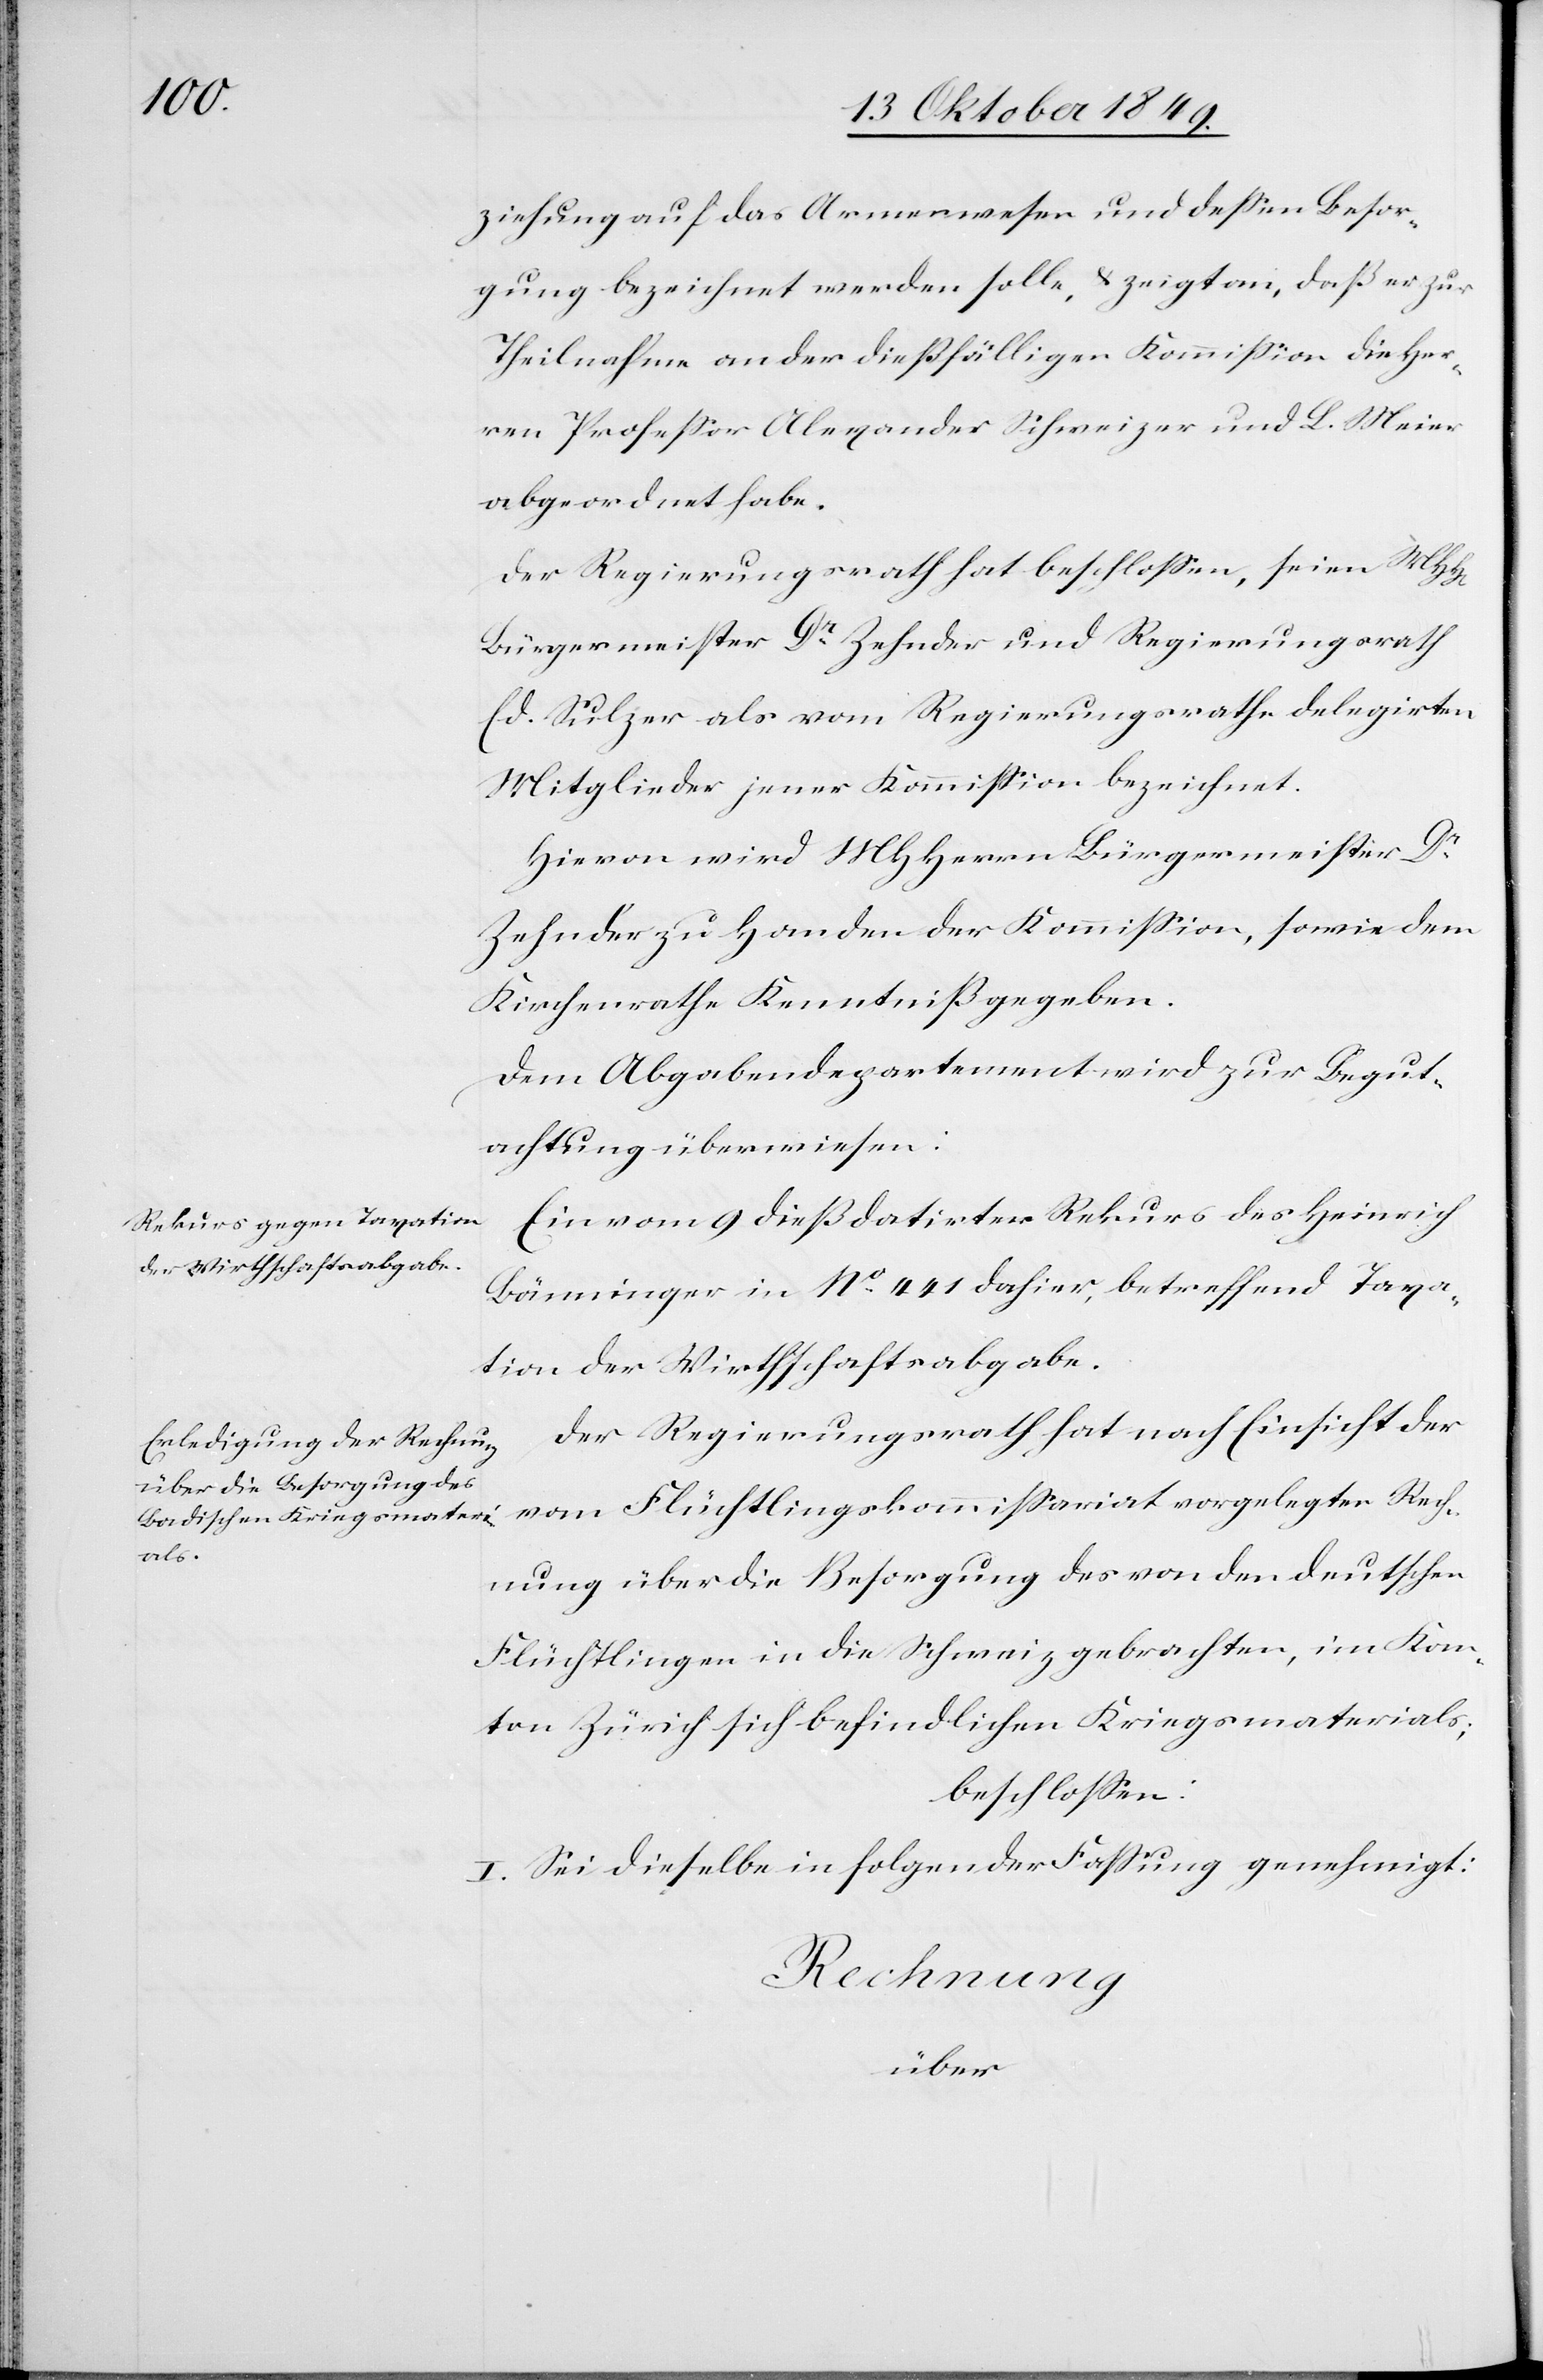
ziehung auf das Armenwesen und deßen Besor¬
gung bezeichnet werden solle, u. zeigt an, daß er zur
Theilnahme an der dießfälligen Kommißion die Her¬
ren Profeßor Alexander Schweizer und L. Meier
abgeordnet habe.
Der Regierungsrath hat beschloßen, seien MHHerren
Bürgermeister Dr Zehnder und Regierungsrath
Ed. Sulzer als vom Regierungsrathe delegirten
Mitglieder jener Kommißion bezeichnet.
Hievon wird MHHerrn Bürgermeister Dr
Zehnder zu Handen der Kommißion, sowie dem
Kirchenrathe Kenntniß gegeben.
Dem Abgabendepartement wird zur Begut¬
achtung überwiesen:
Ein vom 9 dieß datirter Rekurs des Heinrich
Bänninger in N° 441 dahier, betreffend Taxa¬
tion der Wirthschaftsabgabe.
Der Regierungsrath hat nach Einsicht der
vom Flüchtlingskommißariat vorgelegten Rech¬
nung über die Besorgung des von den deutschen
Flüchtlingen in die Schweiz gebrachten, im Kan¬
ton Zürich sich befindlichen Kriegsmaterials;
beschloßen:
I. Sei dieselbe in folgender Faßung genehmigt:
Rechnung
über